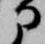
部